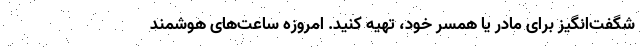
شگفت‌انگیز برای مادر یا همسر خود، تهیه کنید. امروزه ساعت‌های هوشمند